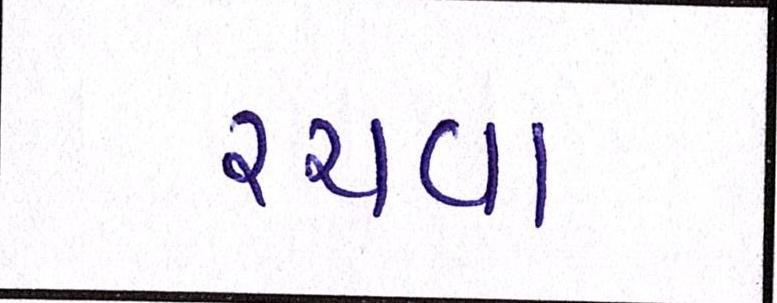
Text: રચવા